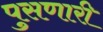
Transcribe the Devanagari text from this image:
पुसणारी